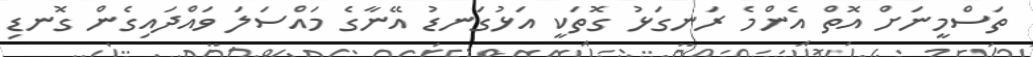
ތަސްމީނަށް އޮތް އެންމެ ރަނގަޅު ގޮތަކީ އަޅުގަނޑު އޭނާގެ މައްސަލަ ވައްދައިގެން ގޮނޑި